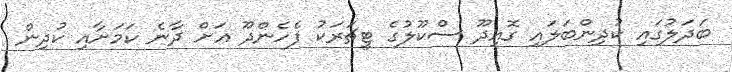
ބަދަލުގައި ކުދިންބަލައި ގޮއިދޫ ސްކޫލުގެ ޓީޗަރަކު ފެހެންދޫ އަށް ދާނެ ކަމަށާއި ކުދިން